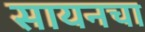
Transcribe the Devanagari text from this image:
सायनचा